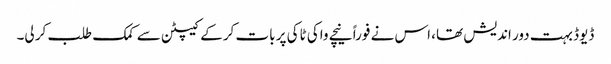
ڈیوڈ بہت دور اندیش تھا، اس نے فوراً نیچے واکی ٹاکی پر بات کر کے کیپٹن سے کمک طلب کر لی۔